Lunatic asylums Madras 1877-1891 - 1877-1891
Year: 1877
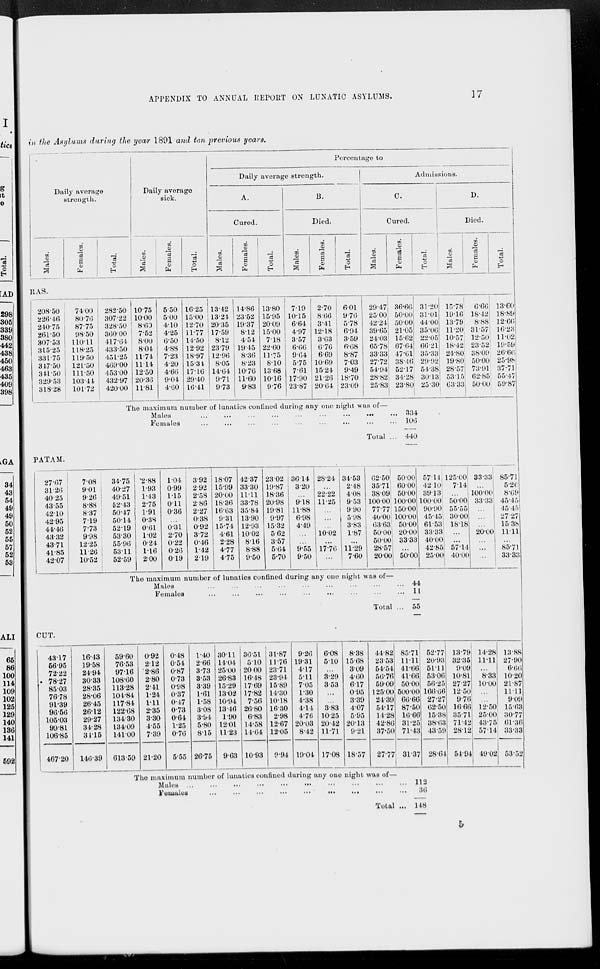
APPENDIX TO ANNUAL REPORT ON LUNATIC ASYLUMS.
17
in the Asylums during the year 1891 and ten previous years.
Daily average
strength.
Males.
Females.
Total.
Daily average
sick.
Males.
Females.
Total.
Percentage to
Daily average strength.
A.
Cured.
Males.
Females.
Total.
B.
Died.
Males.
Females.
Total.
Admissions.
C.
Cured.
Males.
Females.
Total.
D.
Died.
Males.
Females.
Total.
RAS.
208.50
226.46
240.75
261.50
307.53
315.25
331.75
347.50
341.50
329.53
318.28
74.00
80.76
87.75
98.50
110.11
118.25
119.50
121.50
111.50
103.44
101.72
282.50
307.22
328.50
360.00
417.4
433.50
451.25
469.00
453.00
432.97
420.00
10.75
10.00
8.60
7.52
8.00
8.04
11.74
11.14
12.50
20.36
11.81
5.50
5.00
4.10
4.25
6.50
4.88
7.23
4.20
4.66
9.04
4.60
16.25
15.00
12.70
11.77
14.50
12.92
18.97
15.34
17.16
29.40
16.41
13.42
13.24
20.35
17.59
8.12
23.79
12.96
8.05
14.64
9.71
9.73
14.86
23.52
19.37
8.12
4.54
19.45
8.36
8.23
10.76
11.60
9.83
13.80
15.95
20.09
15.00
7.18
22.60
11.75
8.10
13.68
10.16
9.76
7.19
10.15
6.64
4.97
3.57
6.66
9.64
5.75
7.61
17.90
23.87
2.70
8.66
3.41
12.18
3.63
6.76
6.69
10.69
15.24
21.26
20.64
6.01
9.76
5.78
6.94
3.59
6.68
8.87
7.03
9.49
18.70
23.09
29.47
25.00
42.24
39.65
24.03
65.78
33.33
27.72
54.94
28.82
25.83
36.66
50.00
50.00
21.05
15.62
67.64
47.61
38.46
52.17
34.28
23.80
31.20
31.01
44.00
35.06
22.05
66.21
35.33
29.92
54.38
30.13
25.30
15.78
19.16
13.79
11.20
10.57
18.42
24.80
19.80
28.57
53.15
63.33
6.66
18.42
8.88
31.57
12.50
23.52
38.09
50.00
73.91
62.85
50.00
13.60
18.89
12.66
16.23
11.02
19.59
26.66
25.98
37.71
55.47
59.87
The maximum number of lunatics confined during any one night was of—
Males ... ... ... ... ... ... ... ... ...
Females ... ... ... ... ... ... ... ... ...
Total ...
334
106
440
PATAM.
27.67
31.26
40.25
43.55
42.10
42.95
44.46
43.32
43.71
41.85
42.07
7.08
9.01
9.26
8.88
8.37
7.19
7.73
9.98
12.25
11.26
10.52
34.75
40.27
49.51
52.43
50.47
50.14
52.19
53.30
55.96
53.11
52.59
2.88
1.93
1.43
2.75
1.91
0.38
0.61
1.02
0.24
1.16
2.00
1.04
0.99
1.15
0.11
0.36
...
0.31
2.70
0.22
0.26
0.19
3.92
2.92
2.58
2.86
2.27
0.38
0.92
3.72
0.46
1.42
2.19
18.07
15.99
20.00
18.36
16.63
9.31
15.74
4.61
2.28
4.77
4.75
42.37
33.30
11.11
33.78
35.84
13.90
12.93
10.02
8.16
8.88
9.50
23.02
19.87
18.36
20.98
19.81
9.97
15.32
5.62
3.57
5.64
5.70
36.14
3.20
...
9.18
11.88
6.98
4.49
...
...
9.55
9.50
28.24
...
22.22
11.25
...
...
...
10.02
...
17.76
...
34.53
2.48
4.08
9.53
9.90
5.98
3.83
1.87
...
11.29
7.60
62.50
35.71
38.09
100.00
77.77
40.00
63.63
50.00
50.00
28.57
20.00
50.00
60.00
50.00
100.00
150.00
100.00
50.00
20.00
33.33
...
50.00
57.14
42.10
39.13
100.00
90.90
45.45
61.53
33.33
40.00
42.85
25.00
125.00
7.14
...
50.00
55.55
30.00
18.18
...
...
57.14
40.00
33.33
...
100.00
33.33
...
...
...
20.00
...
...
...
85.71
5.26
8.69
45.45
45.45
27.27
15.38
11.11
...
85.71
33.33
The maximum number of lunatics confined during any one night was of—
Males ... ... ... ... ... ... ... ... ...
Females
...
...
...
...
...
...
...
...
...
...
Total ...
44
11
55
CUT.
43.17
56.95
72.22
78.27
85.03
76.78
91.39
96.56
105.03
99.81
106.85
467.20
16.43
19.58
24.94
30.33
28.35
28.06
26.45
26.12
29.27
34.28
34.15
146.39
59.60
76.53
97.16
108.60
113.28
104.84
117.84
122.68
134.30
134.09
141.00
613.59
0.92
2.12
2.86
2.80
2.41
1.24
1.11
2.35
3.30
4.55
7.39
21.20
0.48
0.54
0.87
0.73
0.98
0.37
0.47
0.73
0.64
1.25
0.76
5.55
1.40
2.66
3.73
3.53
3.39
1.61
1.58
3.08
3.94
5.80
8.15
26.75
30.11
14.04
25.00
26.83
15.29
13.02
10.94
13.46
1.90
12.01
11.23
9.63
36.51
5.10
20.00
16.48
17.69
17.82
7.56
26.80
6.83
14.58
14.64
10.93
31.87
11.76
23.71
23.94
15.89
14.30
10.18
16.30
2.98
12.67
12.05
9.94
9.26
19.31
4.17
5.11
7.05
1.30
4.38
4.14
4.76
20.03
8.42
19.04
6.08
5.10
...
3.29
3.53
...
...
3.83
10.25
20.42
11.71
17.08
8.38
15.68
3.09
4.60
6.17
0.95
3.39
4.07
5.95
20.13
9.21
18.57
44.82
23.53
54.54
56.76
59.09
125.00
24.39
54.17
14.28
42.86
37.50
27.77
85.71
11.11
41.66
41.66
50.00
500.00
66.66
87.50
16.66
31.25
71.43
31.37
52.77
20.93
51.11
53.06
56.25
166.66
27.27
62.50
15.38
38.63
43.59
28.64
13.79
32.35
9.09
10.81
27.27
12.50
9.76
16.66
35.71
71.42
28.12
54.94
14.28
11.11
...
8.33
10.00
...
...
12.50
25.00
43.75
57.14
49.02
13.88
27.90
6.66
10.20
21.87
11.11
9.09
15.63
30.77
61.36
33.33
53.52
The maximum number of lunatics confined during any one night was of—
Males ... ... ... ... ... ... ... ... ...
Females ... ... ... ... ... ... ... ... ...
Total ...
112
36
148
5